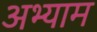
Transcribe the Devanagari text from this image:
अभ्याम